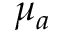
\mu _ { a }